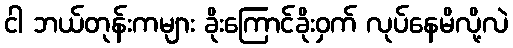
ငါ ဘယ်တုန်းကများ ခိုးကြောင်ခိုးဝှက် လုပ်နေမိလို့လဲ